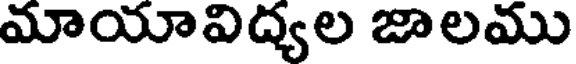
మాయావిద్యల జాలము